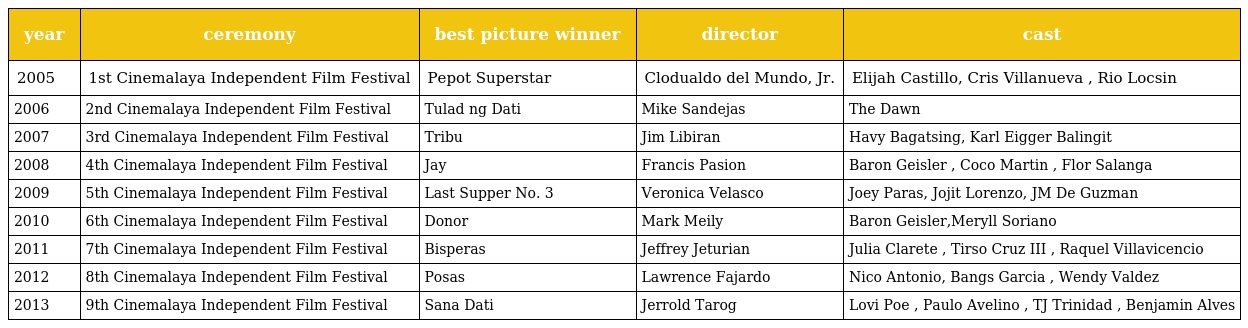
| year | ceremony | best picture winner | director | cast |
 | --- | --- | --- | --- | --- |
 | 2005 | 1st Cinemalaya Independent Film Festival | Pepot Superstar | Clodualdo del Mundo, Jr. | Elijah Castillo, Cris Villanueva , Rio Locsin |
 | 2006 | 2nd Cinemalaya Independent Film Festival | Tulad ng Dati | Mike Sandejas | The Dawn |
 | 2007 | 3rd Cinemalaya Independent Film Festival | Tribu | Jim Libiran | Havy Bagatsing, Karl Eigger Balingit |
 | 2008 | 4th Cinemalaya Independent Film Festival | Jay | Francis Pasion | Baron Geisler , Coco Martin , Flor Salanga |
 | 2009 | 5th Cinemalaya Independent Film Festival | Last Supper No. 3 | Veronica Velasco | Joey Paras, Jojit Lorenzo, JM De Guzman |
 | 2010 | 6th Cinemalaya Independent Film Festival | Donor | Mark Meily | Baron Geisler,Meryll Soriano |
 | 2011 | 7th Cinemalaya Independent Film Festival | Bisperas | Jeffrey Jeturian | Julia Clarete , Tirso Cruz III , Raquel Villavicencio |
 | 2012 | 8th Cinemalaya Independent Film Festival | Posas | Lawrence Fajardo | Nico Antonio, Bangs Garcia , Wendy Valdez |
 | 2013 | 9th Cinemalaya Independent Film Festival | Sana Dati | Jerrold Tarog | Lovi Poe , Paulo Avelino , TJ Trinidad , Benjamin Alves |